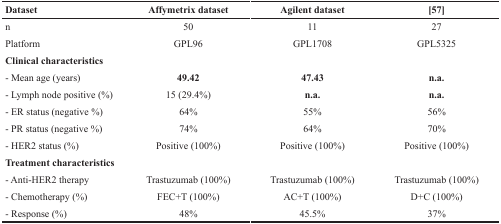
<table><thead><tr><td><b>Dataset</b></td><td><b>Affymetrix dataset</b></td><td><b>Agilent dataset</b></td><td><b>[57]</b></td></tr></thead><tbody><tr><td>n</td><td>50</td><td>11</td><td>27</td></tr><tr><td>Platform</td><td>GPL96</td><td>GPL1708</td><td>GPL5325</td></tr><tr><td><b>Clinical characteristics</b></td><td></td><td></td><td></td></tr><tr><td>- Mean age (years)</td><td><b>49.42</b></td><td><b>47.43</b></td><td><b>n.a.</b></td></tr><tr><td>- Lymph node positive (%)</td><td>15 (29.4%)</td><td><b>n.a.</b></td><td><b>n.a.</b></td></tr><tr><td>- ER status (negative %)</td><td>64%</td><td>55%</td><td>56%</td></tr><tr><td>- PR status (negative %)</td><td>74%</td><td>64%</td><td>70%</td></tr><tr><td>- HER2 status (%)</td><td>Positive (100%)</td><td>Positive (100%)</td><td>Positive (100%)</td></tr><tr><td><b>Treatment characteristics</b></td><td></td><td></td><td></td></tr><tr><td>- Anti-HER2 therapy</td><td>Trastuzumab (100%)</td><td>Trastuzumab (100%)</td><td>Trastuzumab (100%)</td></tr><tr><td>- Chemotherapy (%)</td><td>FEC+T (100%)</td><td>AC+T (100%)</td><td>D+C (100%)</td></tr><tr><td>- Response (%)</td><td>48%</td><td>45.5%</td><td>37%</td></tr></tbody></table>